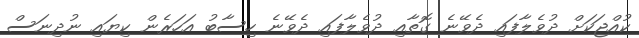
ކުއްޖަކަށް ދުވެލާފައި ދެވޭނެ ގޮތާއި ދުވެލާފައި ދެވޭނެ ހިސާބު އަހަރެން ކިޔައި ނުދިނަސް